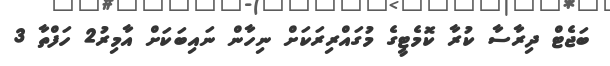
ބަޖެޓް ދިރާސާ ކުރާ ކޮމެޓީގެ މުގައްރިރަކަށް ނިހާން ނައިބަކަށް އާމިރު2 ހަފްތާ 3